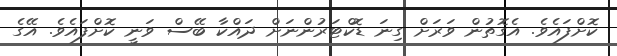
ކޮށްފައެވެ. އެގޮތުން ވަރަށް ގިނަ ޑޮކްޓަރުންނަށް ދައްކާ ބޭސް ވަނީ ކޮށްފައެވެ. އޭގެ